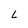
Character: L